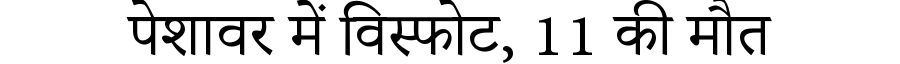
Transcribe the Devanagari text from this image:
पेशावर में विस्फोट, 11 की मौत